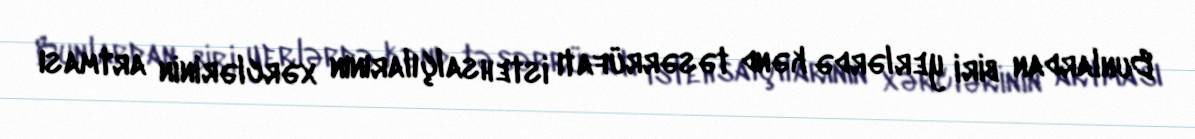
Bunlardan biri yerlərdə kənd təsərrüfatı istehsalçılarının xərclərinin artması